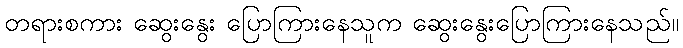
တရားစကား ဆွေးနွေး ပြောကြားနေသူက ဆွေးနွေးပြောကြားနေသည်။